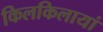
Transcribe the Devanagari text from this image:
किलकिलायां